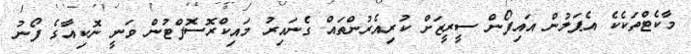
މާކެޓްތަކެކެ އެޕަލުން އައިފޯން ސީރީޒަށް ކުރިއެރުންތައް ގެނައިރު މައިކްރޮސޮފްޓުން ވަނީ ނޮކިއާގެ ފޯނު